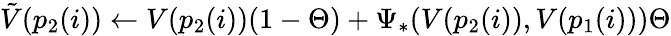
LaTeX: \tilde{V}(p_{2}(i))\gets V(p_{2}(i))(1-\Theta)+\Psi_{\ast}(V(p_{2}(i)),V(p_{1}(i)))\Theta